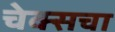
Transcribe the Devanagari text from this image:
चेक्सचा